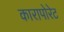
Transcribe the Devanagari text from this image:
कारापोरेट